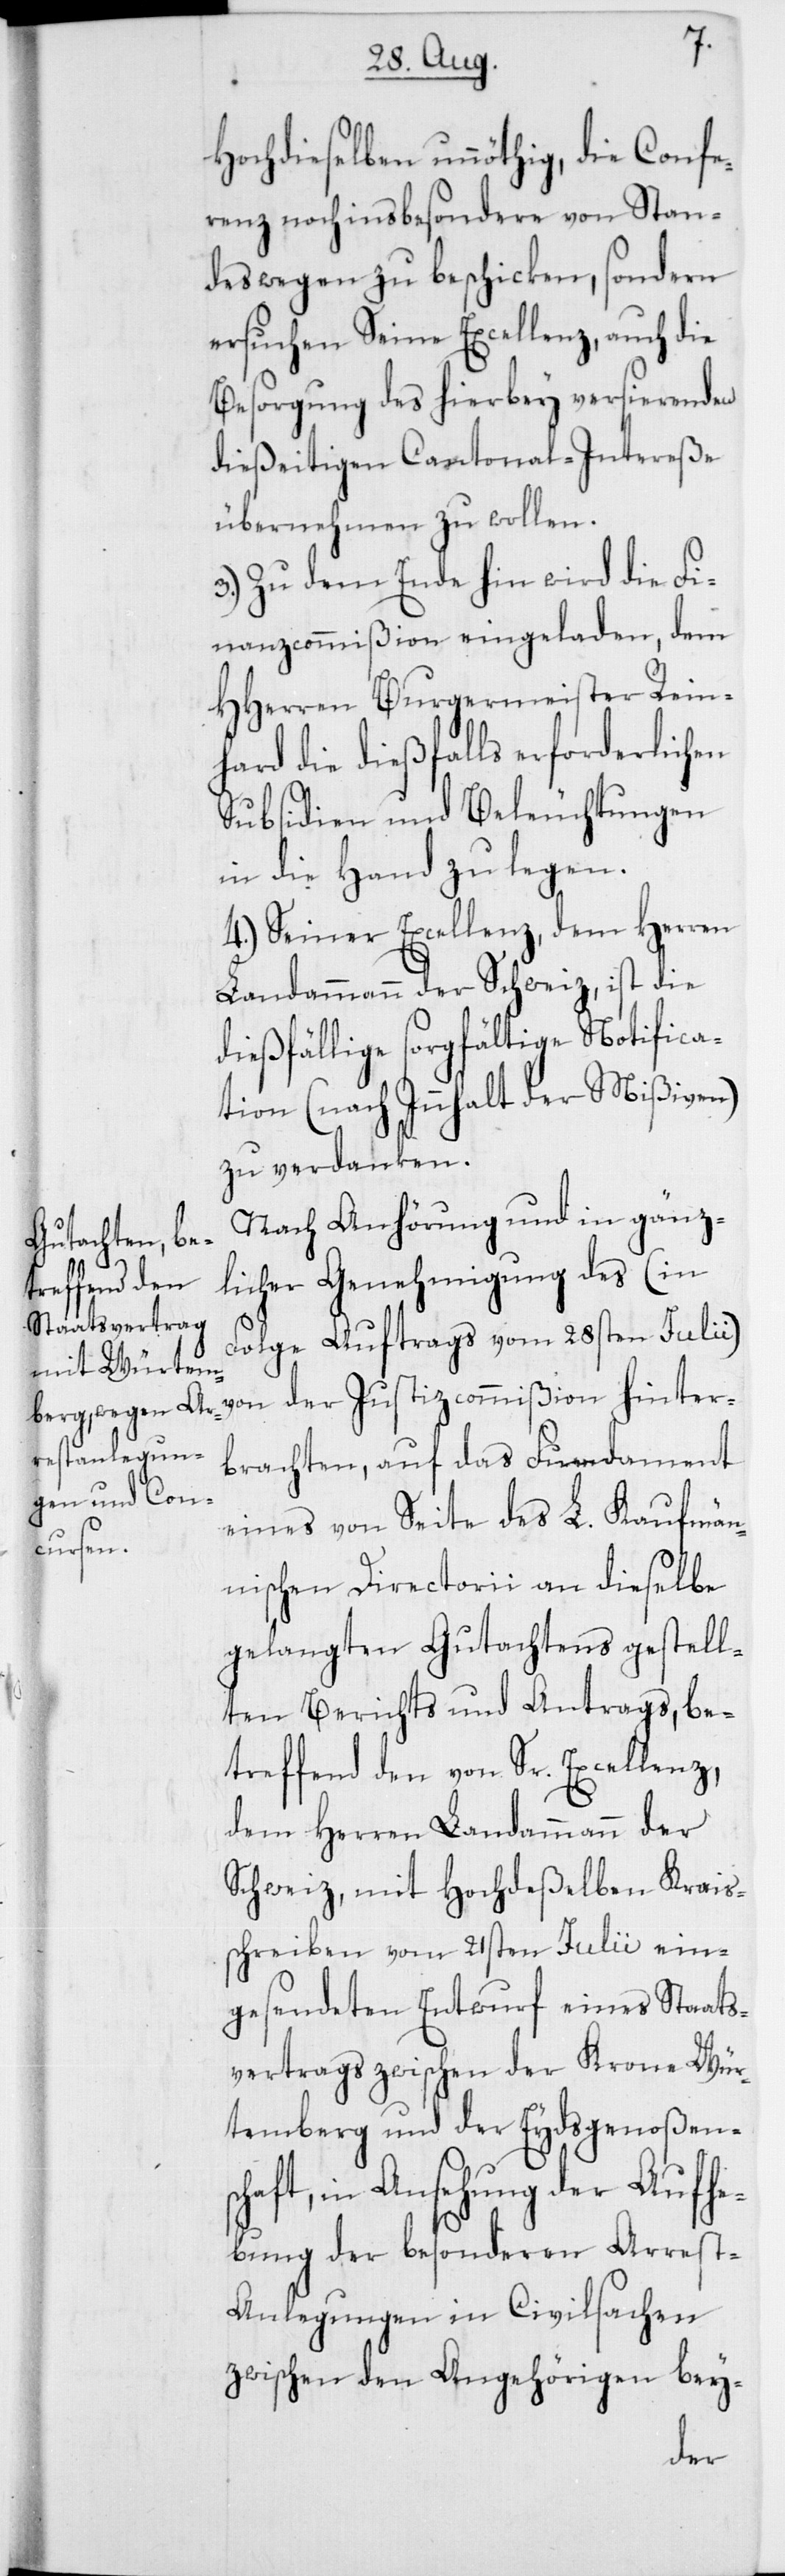
s¬
Hochdieselben unnöthig, die Confe¬
renz noch insbesondere von Stan¬
des wegen zu beschicken, sondern
ersuchen Seine Excellenz, auch die
Besorgung des hierbey versierenden
dießeitigen Cantonal-Intereße
übernehmen zu wollen.
3. Zu dem Ende hin wird die Fi¬
nanzcommißion eingeladen, dem
HHerren Burgermeister Rein¬
hard die dießfalls erforderlichen
Subsidien und Beleuchtungen
in die Hand zu legen.
4. Seiner Excellenz, dem Herren
Landammann der Schweiz, ist die
dießfällige sorgfältige Notifica¬
tion (nach Innhalt der Mißiven)
zu verdanken.
Nach Anhörung und in gänz¬
licher Genehmigung des (in
Folge Auftrags vom 28sten Julii)
von der Justizcommißion hinter¬
brachten, auf das Fundament
eines von Seite des L. kaufmän¬
nischen Directorii an dieselbe
gelangten Gutachtens gestell¬
ten Berichts und Antrags, be¬
treffend den von Sr. Excellenz,
dem Herren Landammann der
Schweiz, mit Hochdeßelben Krais¬
chreiben vom 21sten Julii ein¬
gesendeten Entwurf eines Staats¬
vertrags zwischen der Krone Wür¬
temberg und der Eydsgenoßensc¬
haft, in Ansehung der Aufhe¬
bung der besonderen Arres¬
t-Anlegungen in Civilsachen
zwischen den Angehörigen bey-